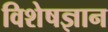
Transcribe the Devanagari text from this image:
विशेषज्ञान